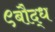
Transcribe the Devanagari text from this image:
९बौद्ध